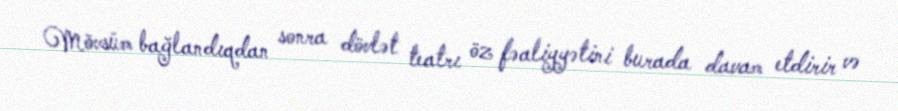
Mövsüm bağlandıqdan sonra dövlət teatrı öz fəaliyyətini burada davam etdirir və